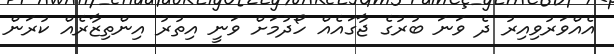
އެއްވަރުވިއިރު ދެ ވަނަ ބުރުގެ ޖާގައެއް ހޯދުމަށް ވަނީ އިތުރު އިންތިޒާރެއް ކުރަން